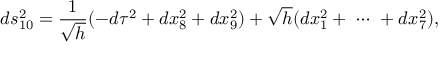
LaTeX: d s _ { 1 0 } ^ { 2 } = \frac { 1 } { \sqrt { h } } ( - d \tau ^ { 2 } + d x _ { 8 } ^ { 2 } + d x _ { 9 } ^ { 2 } ) + \sqrt { h } ( d x _ { 1 } ^ { 2 } + \ \cdots \ + d x _ { 7 } ^ { 2 } ) ,